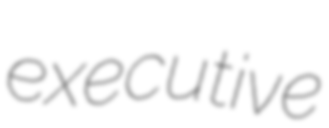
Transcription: executive